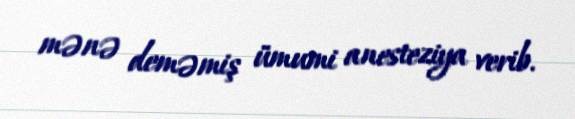
mənə deməmiş ümumi anesteziya verib.